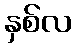
နှစ်လ